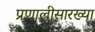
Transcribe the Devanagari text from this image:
प्रणालीसारख्या